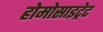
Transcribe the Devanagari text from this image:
होमोसाइट्रेट